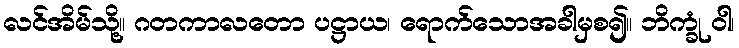
လင်အိမ်သို့။ ဂတကာလတော ပဋ္ဌာယ၊ ရောက်သောအခါမှစ၍။ ဘိက္ခုံ ဝါ၊